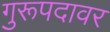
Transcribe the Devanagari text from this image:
गुरूपदावर